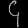
Digit: ၄